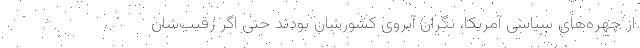
از چهره‌های سیاسی آمریکا، نگران آبروی کشورشان بودند حتی اگر رقیب‌شان